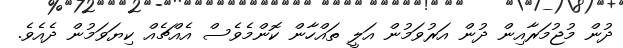
ދުން މުޖުމަރާއިން ދުން އަރުވަމުން އަލީ ތައްހާން ކޮންމެވެސް އެއްޗެއް ކިޔަވަމުން ދެއެވެ.